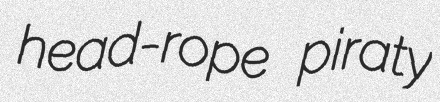
head-rope piraty